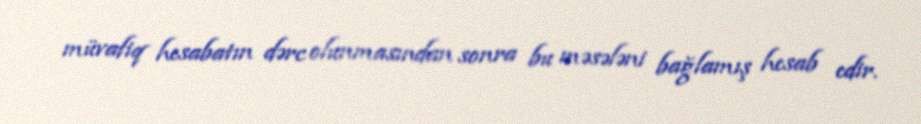
müvafiq hesabatın dərc olunmasından sonra bu məsələni bağlamış hesab edir.